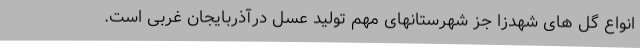
انواع گل های شهدزا جز شهرستانهای مهم تولید عسل درآذربایجان غربی است.